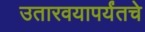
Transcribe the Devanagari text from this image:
उतारवयापर्यंतचे